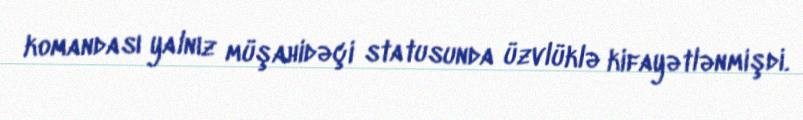
komandası yalnız müşahidəçi statusunda üzvlüklə kifayətlənmişdi.